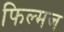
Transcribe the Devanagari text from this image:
फिल्मज